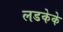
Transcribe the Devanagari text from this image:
लडकेके